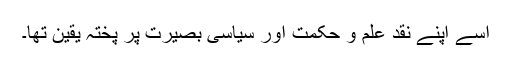
اسے اپنے نقد علم و حکمت اور سیاسی بصیرت پر پختہ یقین تھا۔